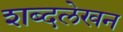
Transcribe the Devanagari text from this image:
शब्दलेखन